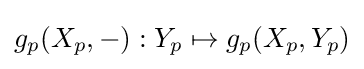
g_{p}(X_{p},-):Y_{p}\mapsto g_{p}(X_{p},Y_{p})